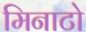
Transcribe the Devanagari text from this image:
मिनाटो